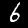
Label: 6